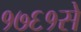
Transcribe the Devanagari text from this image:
१७६१से